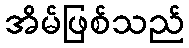
အိမ်ဖြစ်သည်